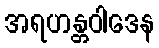
အရဟန္တဝါဒေန